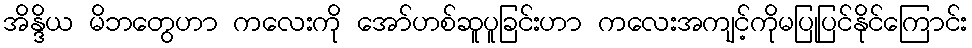
အိန္ဒိယ မိဘတွေဟာ ကလေးကို အော်ဟစ်ဆူပူခြင်းဟာ ကလေးအကျင့်ကိုမပြုပြင်နိုင်ကြောင်း